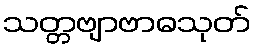
သတ္တဗျာဗာဓသုတ်